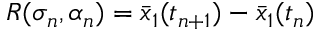
{ R } ( \sigma _ { n } , \alpha _ { n } ) = \bar { x } _ { 1 } ( t _ { n + 1 } ) - \bar { x } _ { 1 } ( t _ { n } )